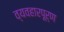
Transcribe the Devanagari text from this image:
व्यवहारपूर्ण